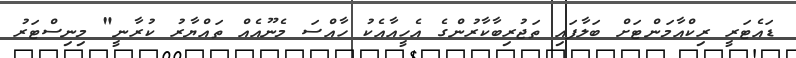
ޑައެޓަރީ ރިކްއާމަންޓަށް ބަލާފައި ތަޖުރިބާކާރުންގެ އެހީއާއެކު ހާއްސަ މެނޫއެއް ތައްޔާރު ކުރާނީ" މިނިސްޓަރު